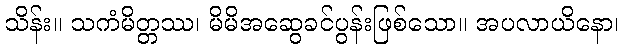
သိန်း။ သကံမိတ္တဿ၊ မိမိအဆွေခင်ပွန်းဖြစ်သော။ အပလာယိနော၊